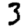
Digit: 3